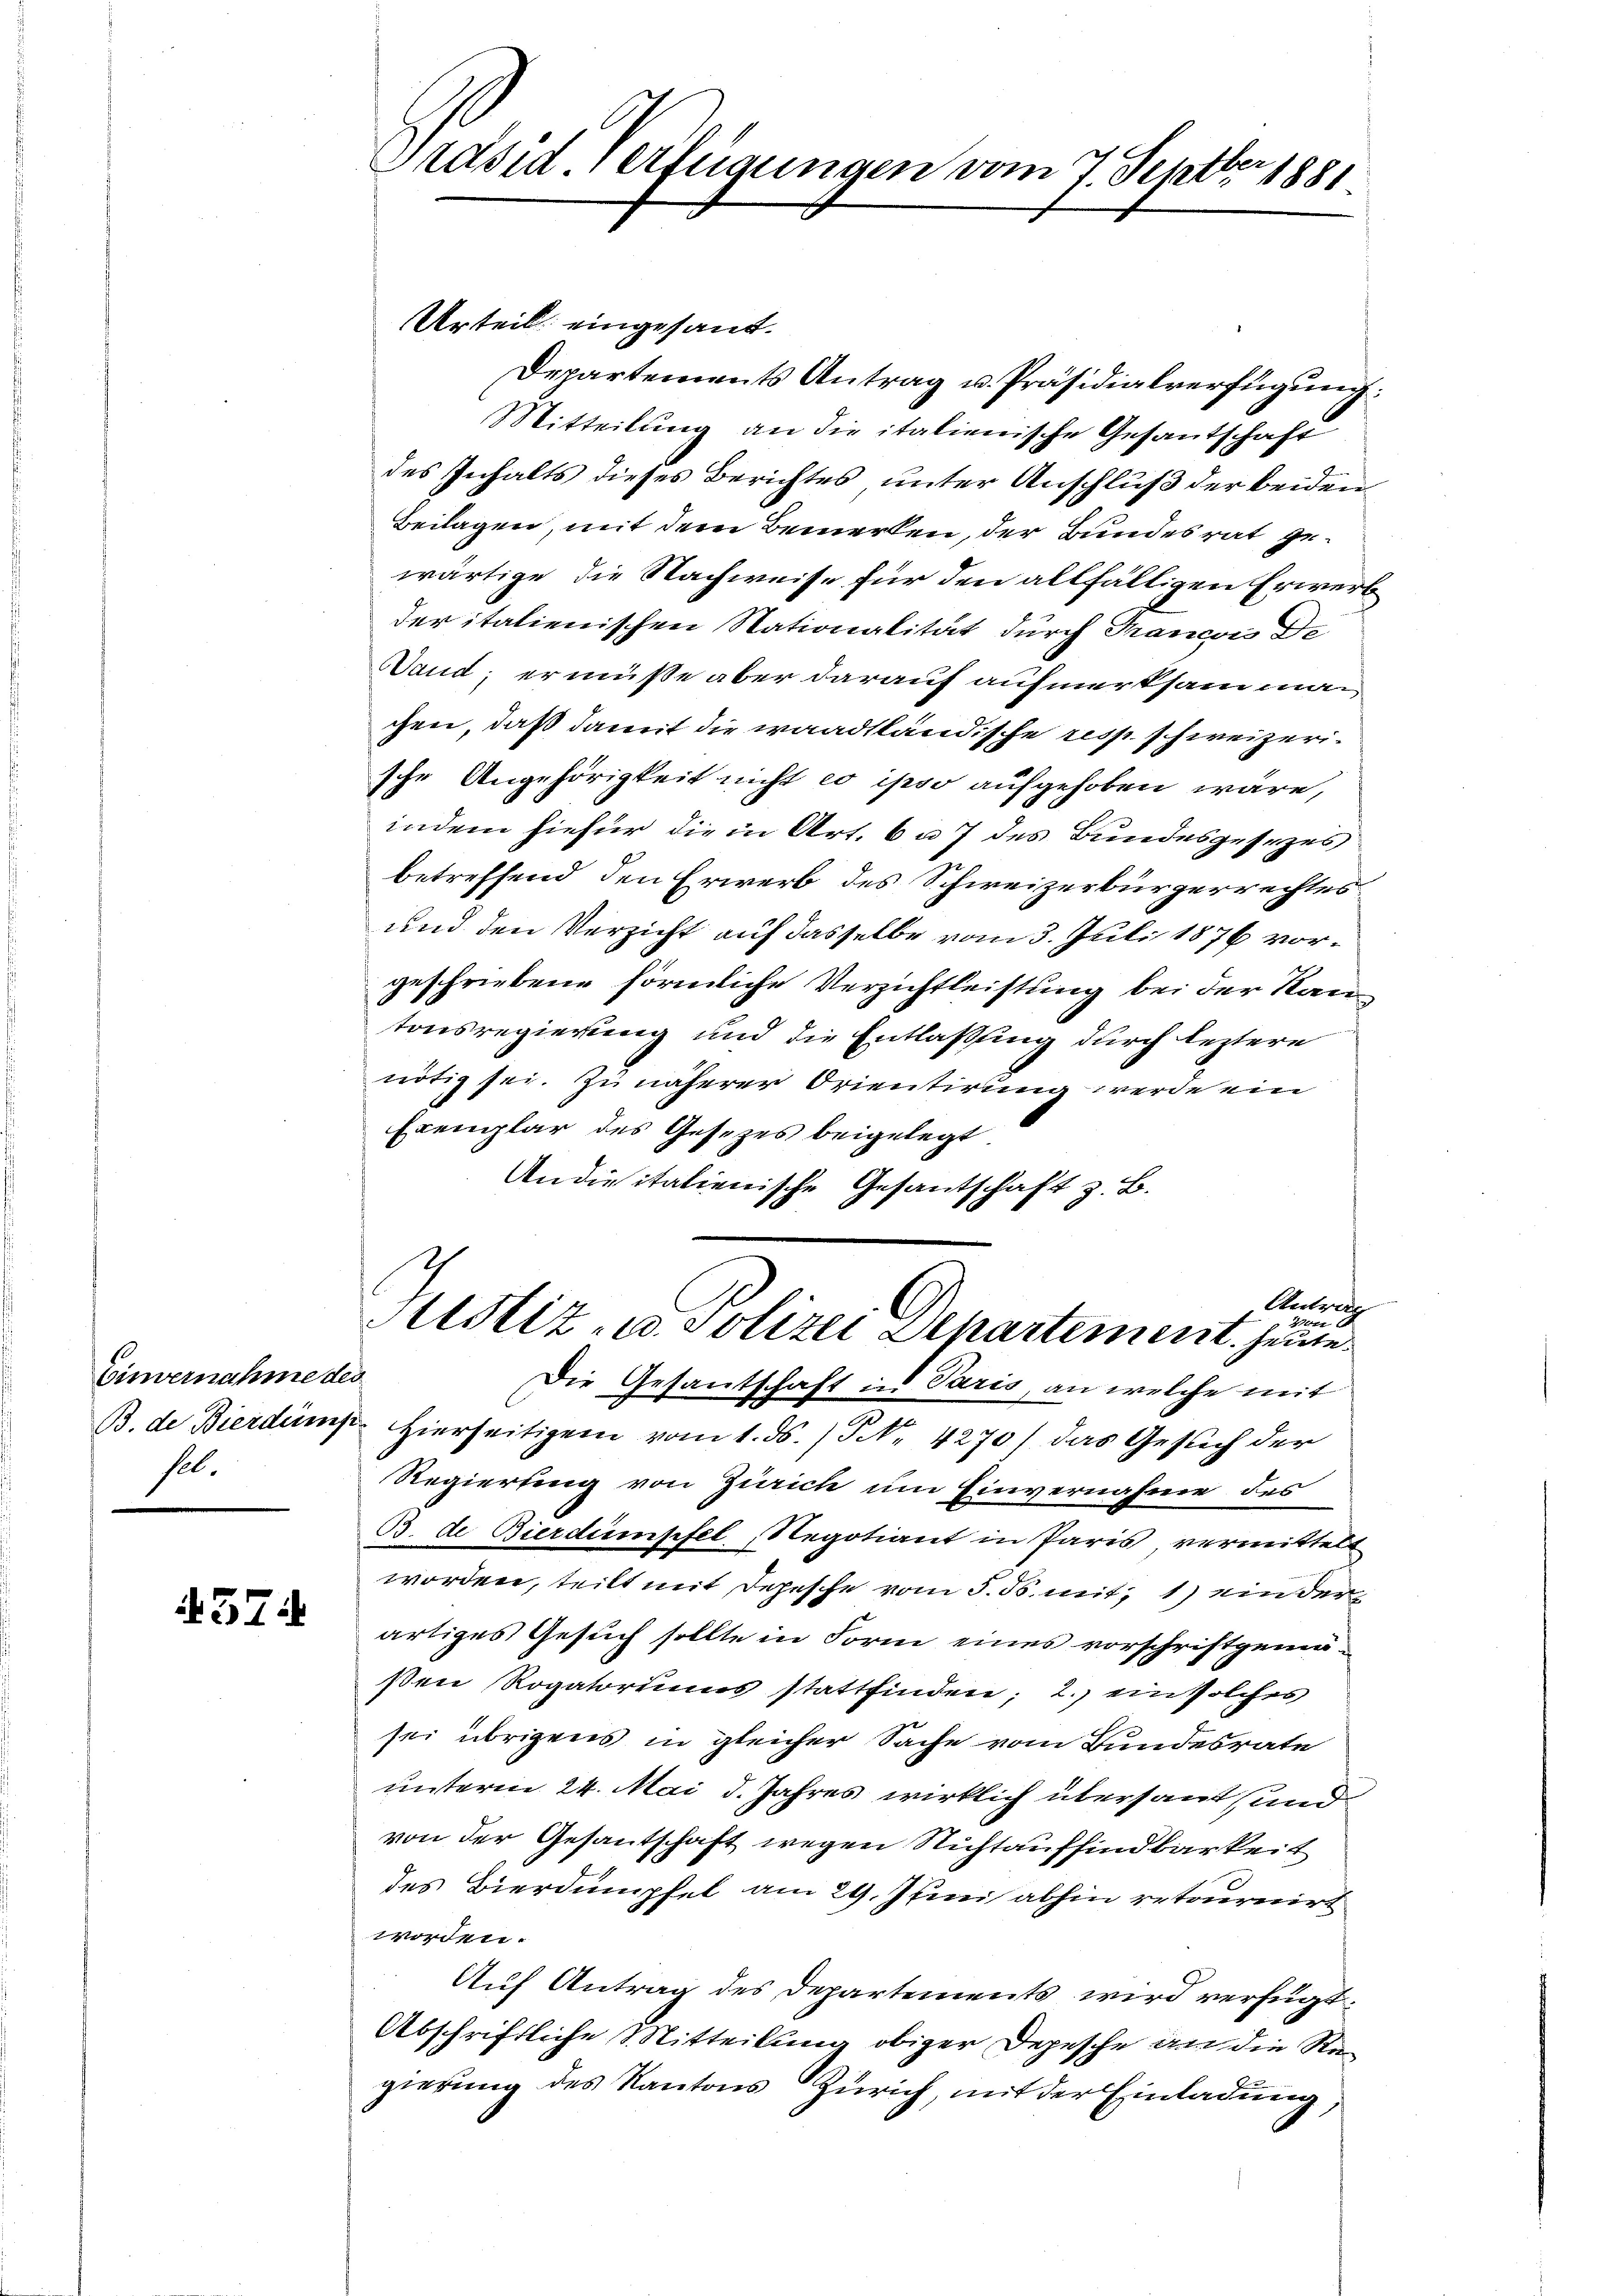
Einvernahme des
sel.

574

Präsid. Verfügungen vom 7. Septbr. 1881

Urteil eingesand.
Departements Antrag u. Präsidialverfügung:
Mitteilung an die italienische Gesantschaft
des Inhalts dieses Berichtes, unter Anschluß der beiden
Beilagen, mit dem Bemerken, der Bundesrat gewärtige die Nachweise für den allfälligen Erwerb
der italienischen Stationalität durch Manco De
Wand; er müsse aber darauf aufmerksam man
chen, daß damit die waadtländische resp. schweizerische Angehörigkeit nicht eo ipso aufgehoben wäre,
indem hiefür die in Art. 6 a 7 des Bundesgesezes
betreffend den Erwerb des Schweizerbürgerrechtes
und den Verzicht auf dasselbe vom 3. Juli 1876 vorgeschriebene förmliche Verzichtleistung bei der Kan-
tonsregierung und die Entlassung durch leztere
nötig sei. Zu näherer Orientirung werde ein
Exemplar des Gesezes beigelegt.
An die italienische Gesantschaft z. B.
Antrag
un u
Astiz- u. Polizei Departement. heute
Die Gesantschaft in Paris, an welche mit
B. de Bierdum hierseitigen vom 1. ds. / NNo. 4270) das Gesuch der
Regierung von Zürich um Einvernahme des
B. de Bierdumpfel, Regotiant in Paris, vermittelt
worden, teilt mit Depesche vom 5. ds. mit: 1) ein den
artiges Gesuch sollte in Form eines vorschriftgemäßen Rogatoriums stattfinden; 2.) ein solches
sei übrigens in gleicher Sache vom Bundesrate
unterm 24. Mai d. Jahres wirklich übersaut und
von der Gesantschaft wegen Nichtauffindbarkeit
des Bierdumpfel am 29. Juni abhin retournirt
worden.
Auf Antrag des Departements wird verfügt:
Abschriftliche Mitteilung obiger Depesche an die Regierung des Kantons Zürich, mit der Einladung,